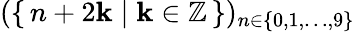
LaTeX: (\{ \, n+2\mathbf{k}\mid\mathbf{k}\in\mathbb{{Z}}\, \} )_{n\in\{ 0,1,\ldots,9\} }